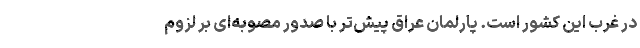
در غرب این کشور است. پارلمان عراق پیش‌تر با صدور مصوبه‌ای بر لزوم